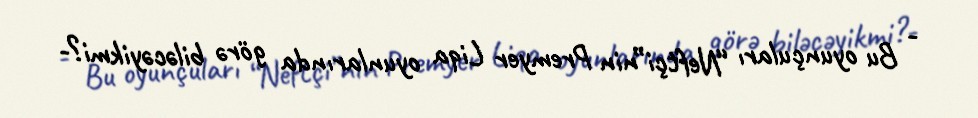
- Bu oyunçuları “Neftçi”nin Premyer Liqa oyunlarında görə biləcəyikmi?-